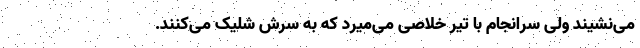
می‌نشیند ولی سرانجام با تیر خلاصی می‌میرد که به سرش شلیک می‌کنند.